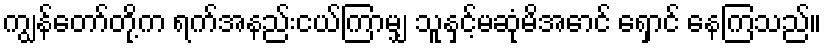
ကျွန်တော်တို့က ရက်အနည်းငယ်ကြာမျှ သူနှင့်မဆုံမိအောင် ရှောင် နေကြသည်။